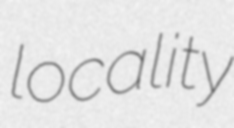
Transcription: locality